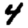
Digit: 4